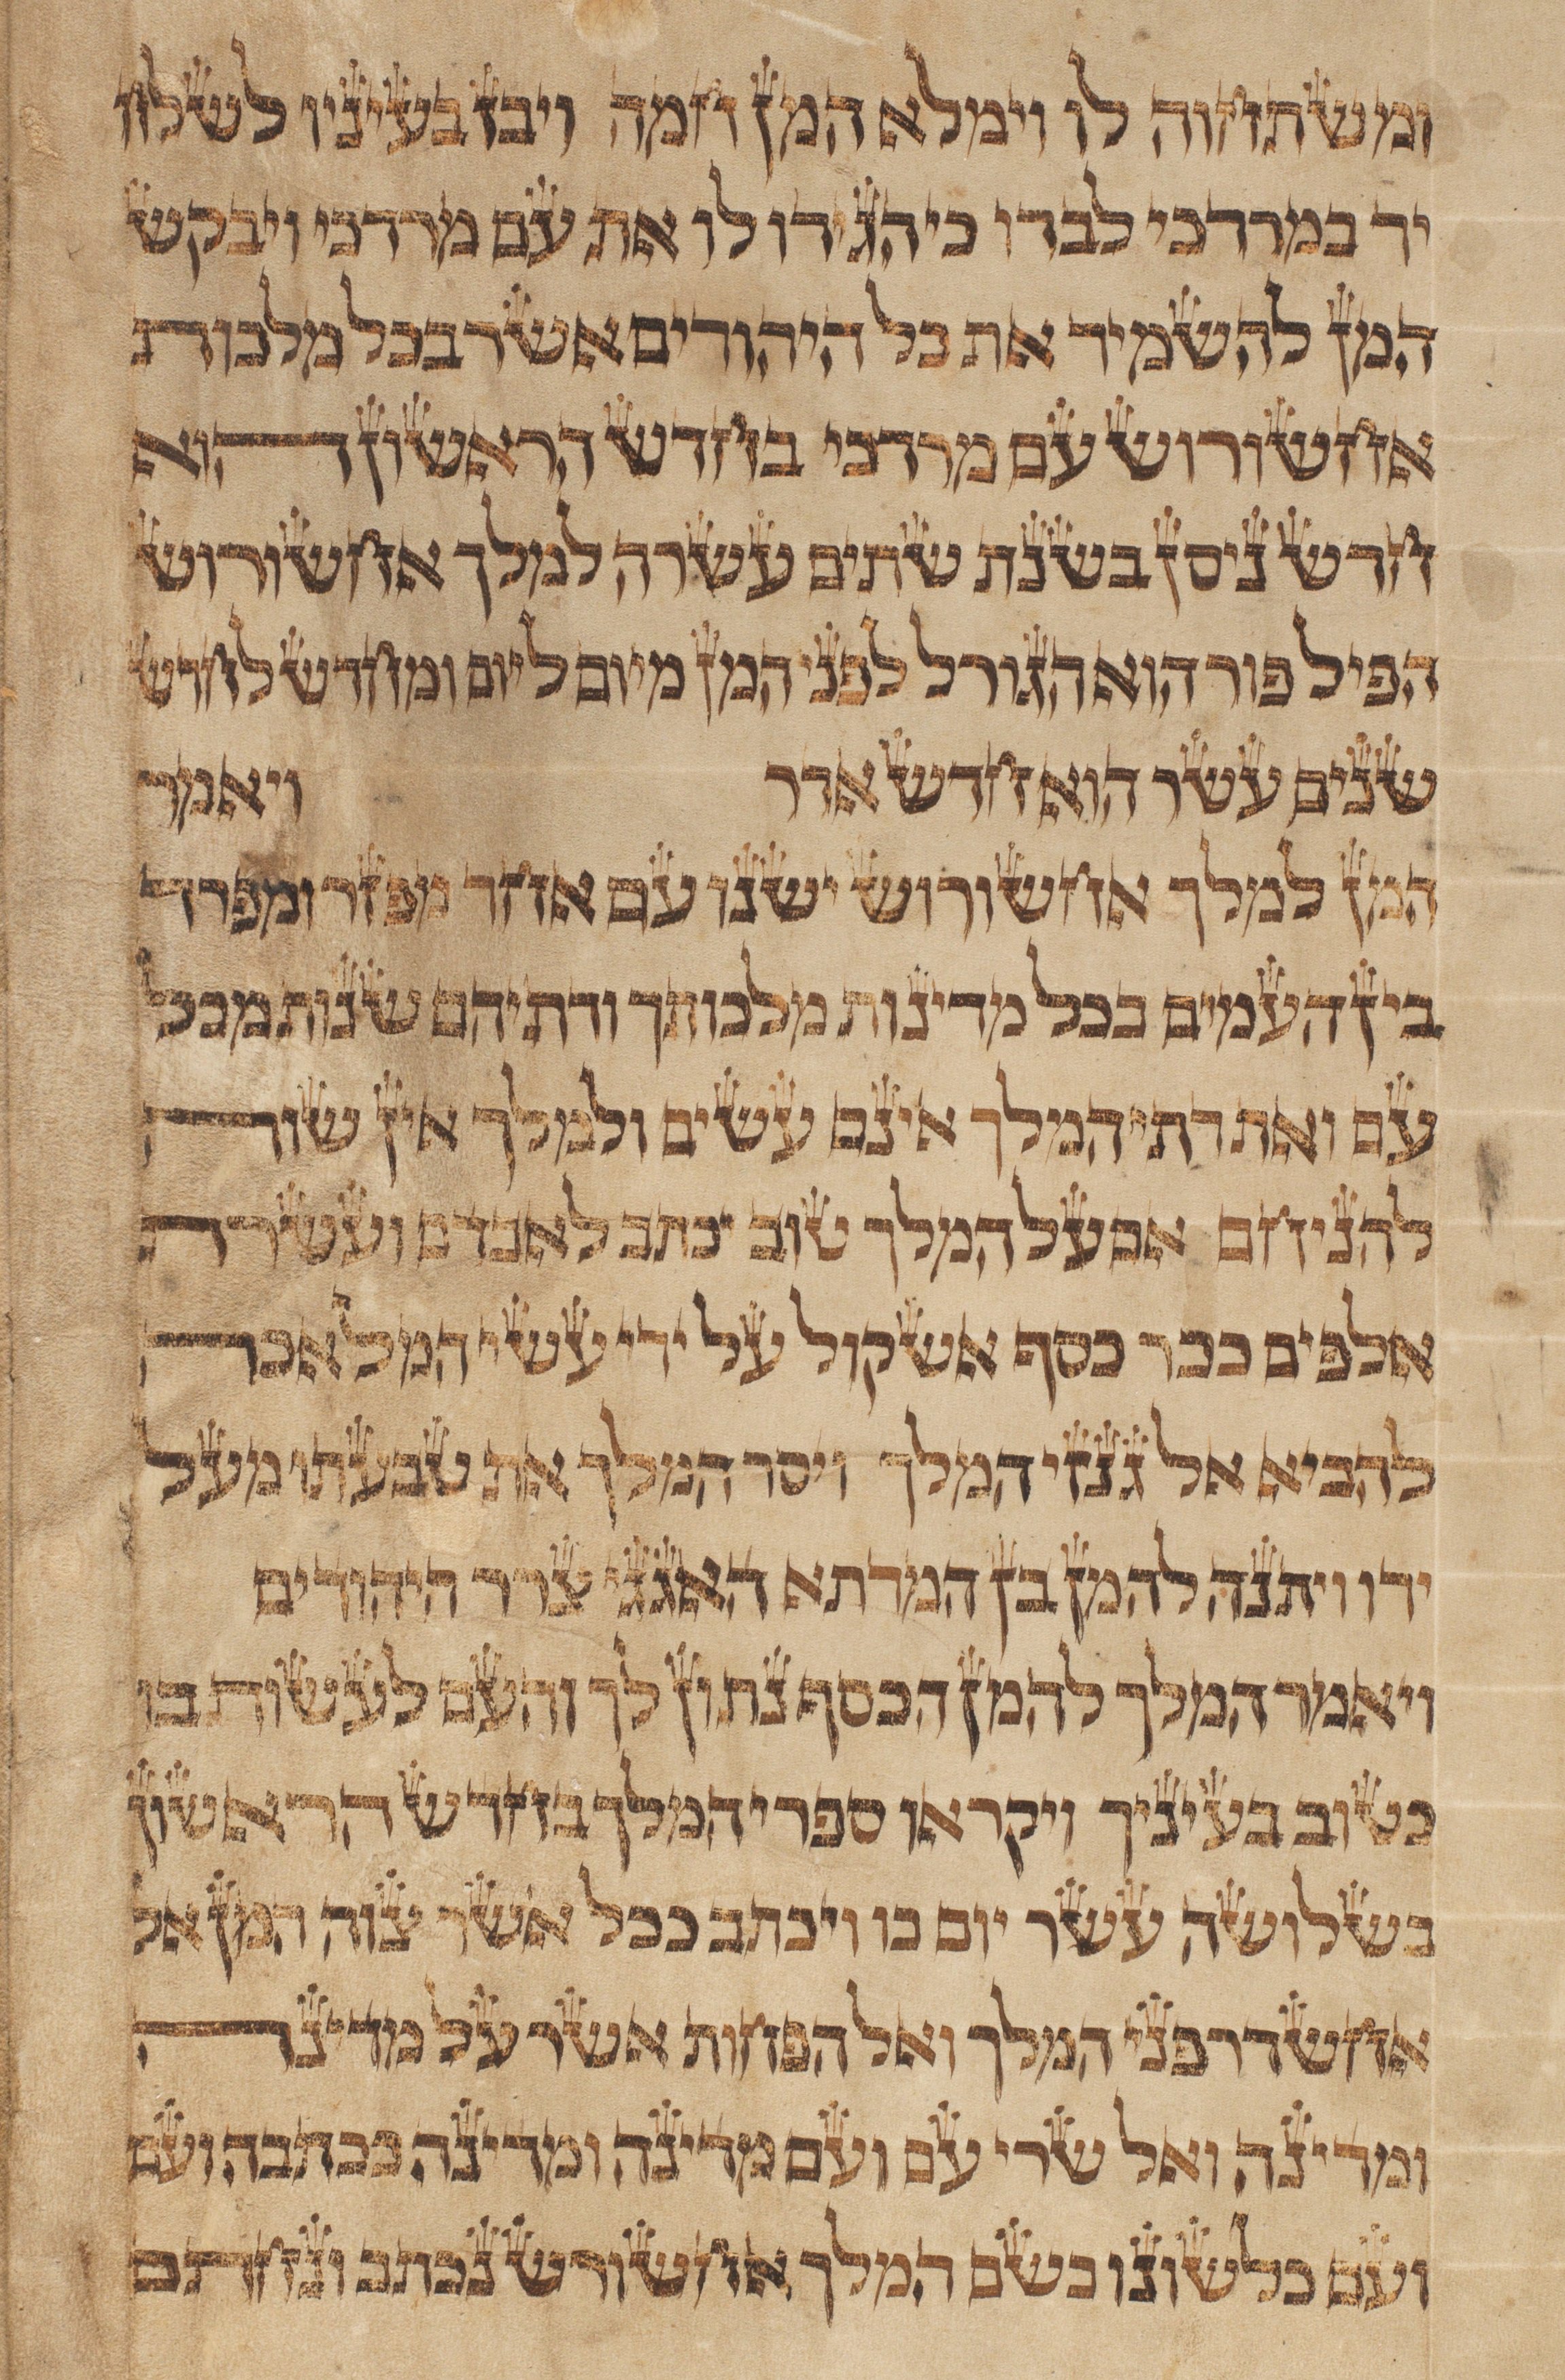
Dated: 1500–1515